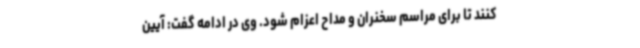
کنند تا برای مراسم سخنران و مداح اعزام شود. وی در ادامه گفت: آیین